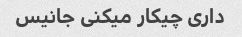
داری چیکار میکنی جانیس